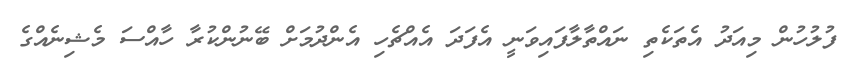
ފުލުހުން މިއަދު އެތަކެތި ނައްތާލާފައިވަނީ އެފަދަ އެއްޗެހި އެންދުމަށް ބޭނުންކުރާ ހާއްސަ މެޝިނެއްގެ